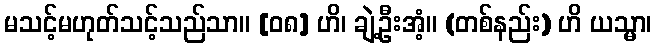
မသင့်မဟုတ်သင့်သည်သာ။ [၀၈] ဟိ၊ ချဲ့ဦးအံ့။ (တစ်နည်း) ဟိ ယသ္မာ၊